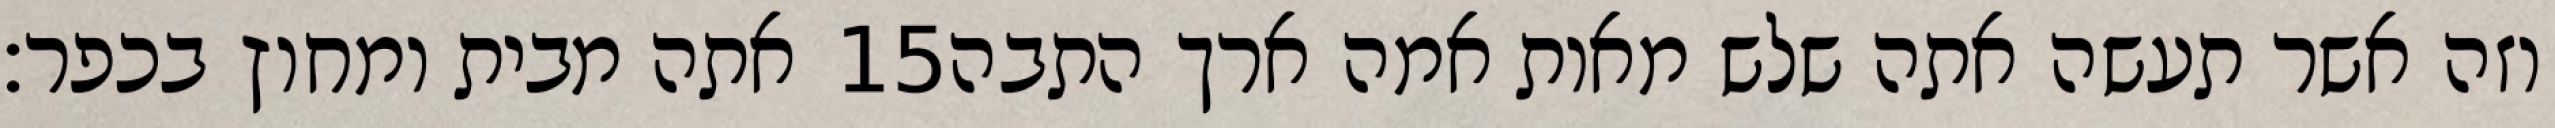
אתה מבית ומחוץ בכפר׃ ‎15‏ וזה אשר תעשה אתה שלש מאות אמה ארך התבה